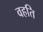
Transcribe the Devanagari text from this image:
वहति